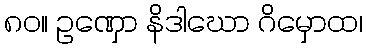
၈၀။ ဥဏှော နိဒါဃော ဂိမှောထ၊